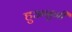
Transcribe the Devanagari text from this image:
हुअनुनी